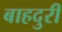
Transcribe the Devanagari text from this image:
बाहदुरी